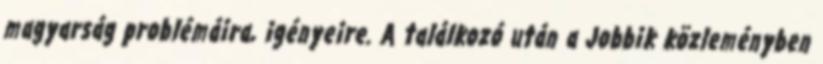
magyarság problémáira, igényeire. A találkozó után a Jobbik közleményben